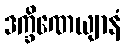
ဒက္ခိဏေယျာနံ